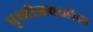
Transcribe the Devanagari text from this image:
पृथ्वीजवळील